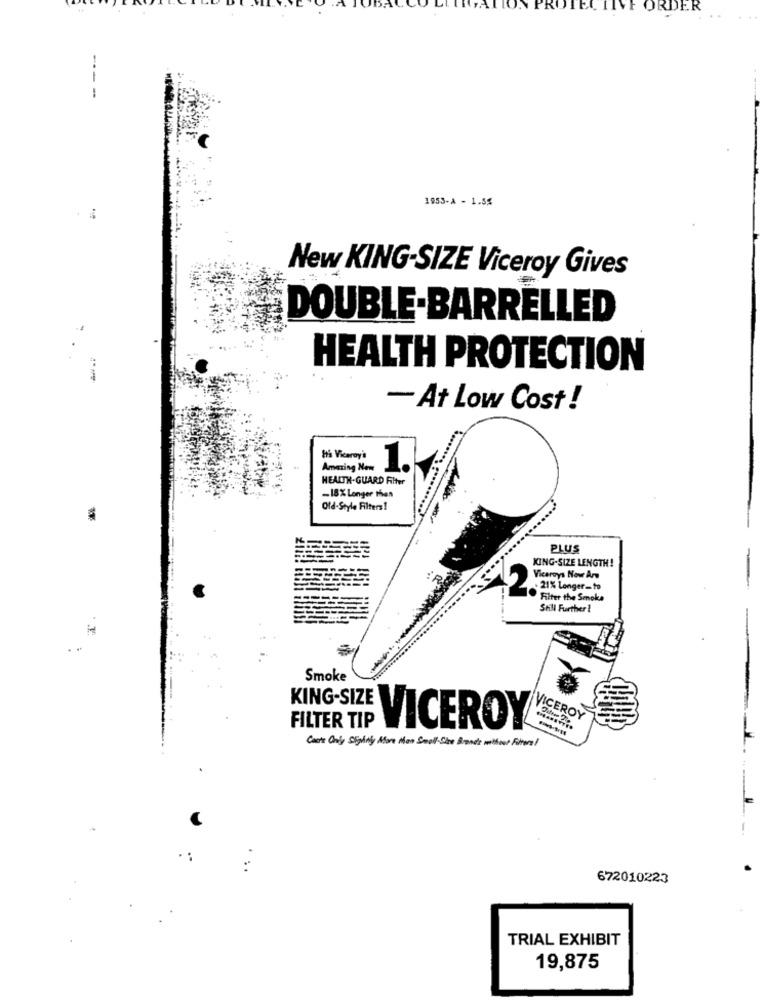
RDER
---
1953-A - 1.5%
New KING-SIZE Viceroy Gives
DOUBLE BARRELLED
HEALTH PROTECTION
- At Low Cost !
Iti Viceroy'
Amazing New
1.
HEALTH-GUARD Filter
-18% Longer than
Old-Style Filters!
PLUS
KING-SIZE LENGTH!
Viceroys Now Ane
2.
. 21% Longer=to
Filter the Smoke
Still Further !
is
. .
-
Smoke
KING-SIZE
VICEROY
FILTER TIP
VICEROY
Costs Only Slightly More Mon Seal Sie Brand without Fororal
672010223
TRIAL EXHIBIT
19,875